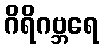
ဂိရိဂဗ္ဘရေ